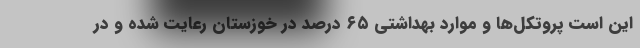
این است پروتکل‌ها و موارد بهداشتی ۶۵ درصد در خوزستان رعایت شده و در